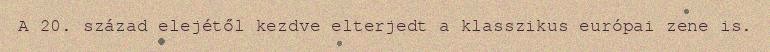
A 20. század elejétől kezdve elterjedt a klasszikus európai zene is.